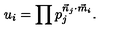
u _ { i } = \prod p _ { j } ^ { { \vec { n } _ { j } } \cdot { \vec { m } _ { i } } } .